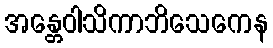
အန္တေဝါသိကာဘိသေကေန